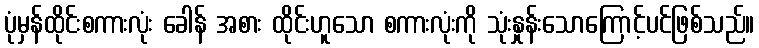
ပုံမှန်ထိုင်းစကားလုံး ခေါန် အစား ထိုင်းဟူသော စကားလုံးကို သုံးနှုန်းသောကြောင့်ပင်ဖြစ်သည်။